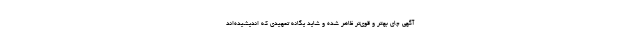
آگهی چای بهتر و قوی‌تر ظاهر شده و شاید یگانه تمهیدی که اندیشیده‌اند